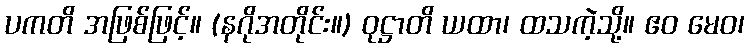
ပကတိ အဖြစ်ဖြင့်။ (နဂိုအတိုင်း။) ဝုဋ္ဌာတိ ယထာ၊ ထသကဲ့သို့။ ဧဝ မေဝ၊